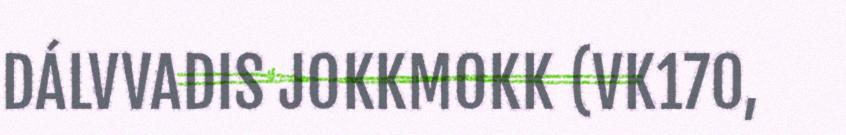
DÁLVVADIS JOKKMOKK (VK170,